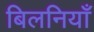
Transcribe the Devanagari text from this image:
बिलनियाँ